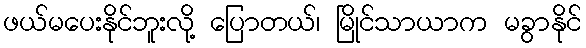
ဖယ်မပေးနိုင်ဘူးလို့ ပြောတယ်၊ မြိုင်သာယာက မခွာနိုင်